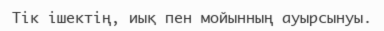
Тік ішектің, иық пен мойынның ауырсынуы.